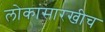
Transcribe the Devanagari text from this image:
लोकांसारखीच